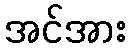
အင်အား